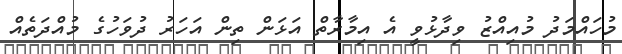
މުހައްމަދު މުއިއްޒު ވިދާޅުވީ އެ އިމާރާތް އަޅަން ތިން އަހަރު ދުވަހުގެ މުއްދަތެއް